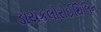
ડાયકલોરોઈથિલિન